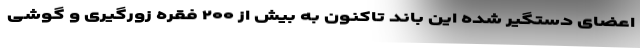
اعضای دستگیر شده این باند تاکنون به بیش از ۲۰۰ فقره زورگیری و گوشی